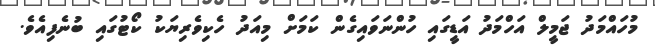
މުހައްމަދު ޖަމީލް އަހްމަދު އަޑީގައި ހުންނަވައިގެން ކަމަށް މިއަދު ހެކިވެރިޔަކު ކޯޓުގައި ބުނެފިއެވެ.